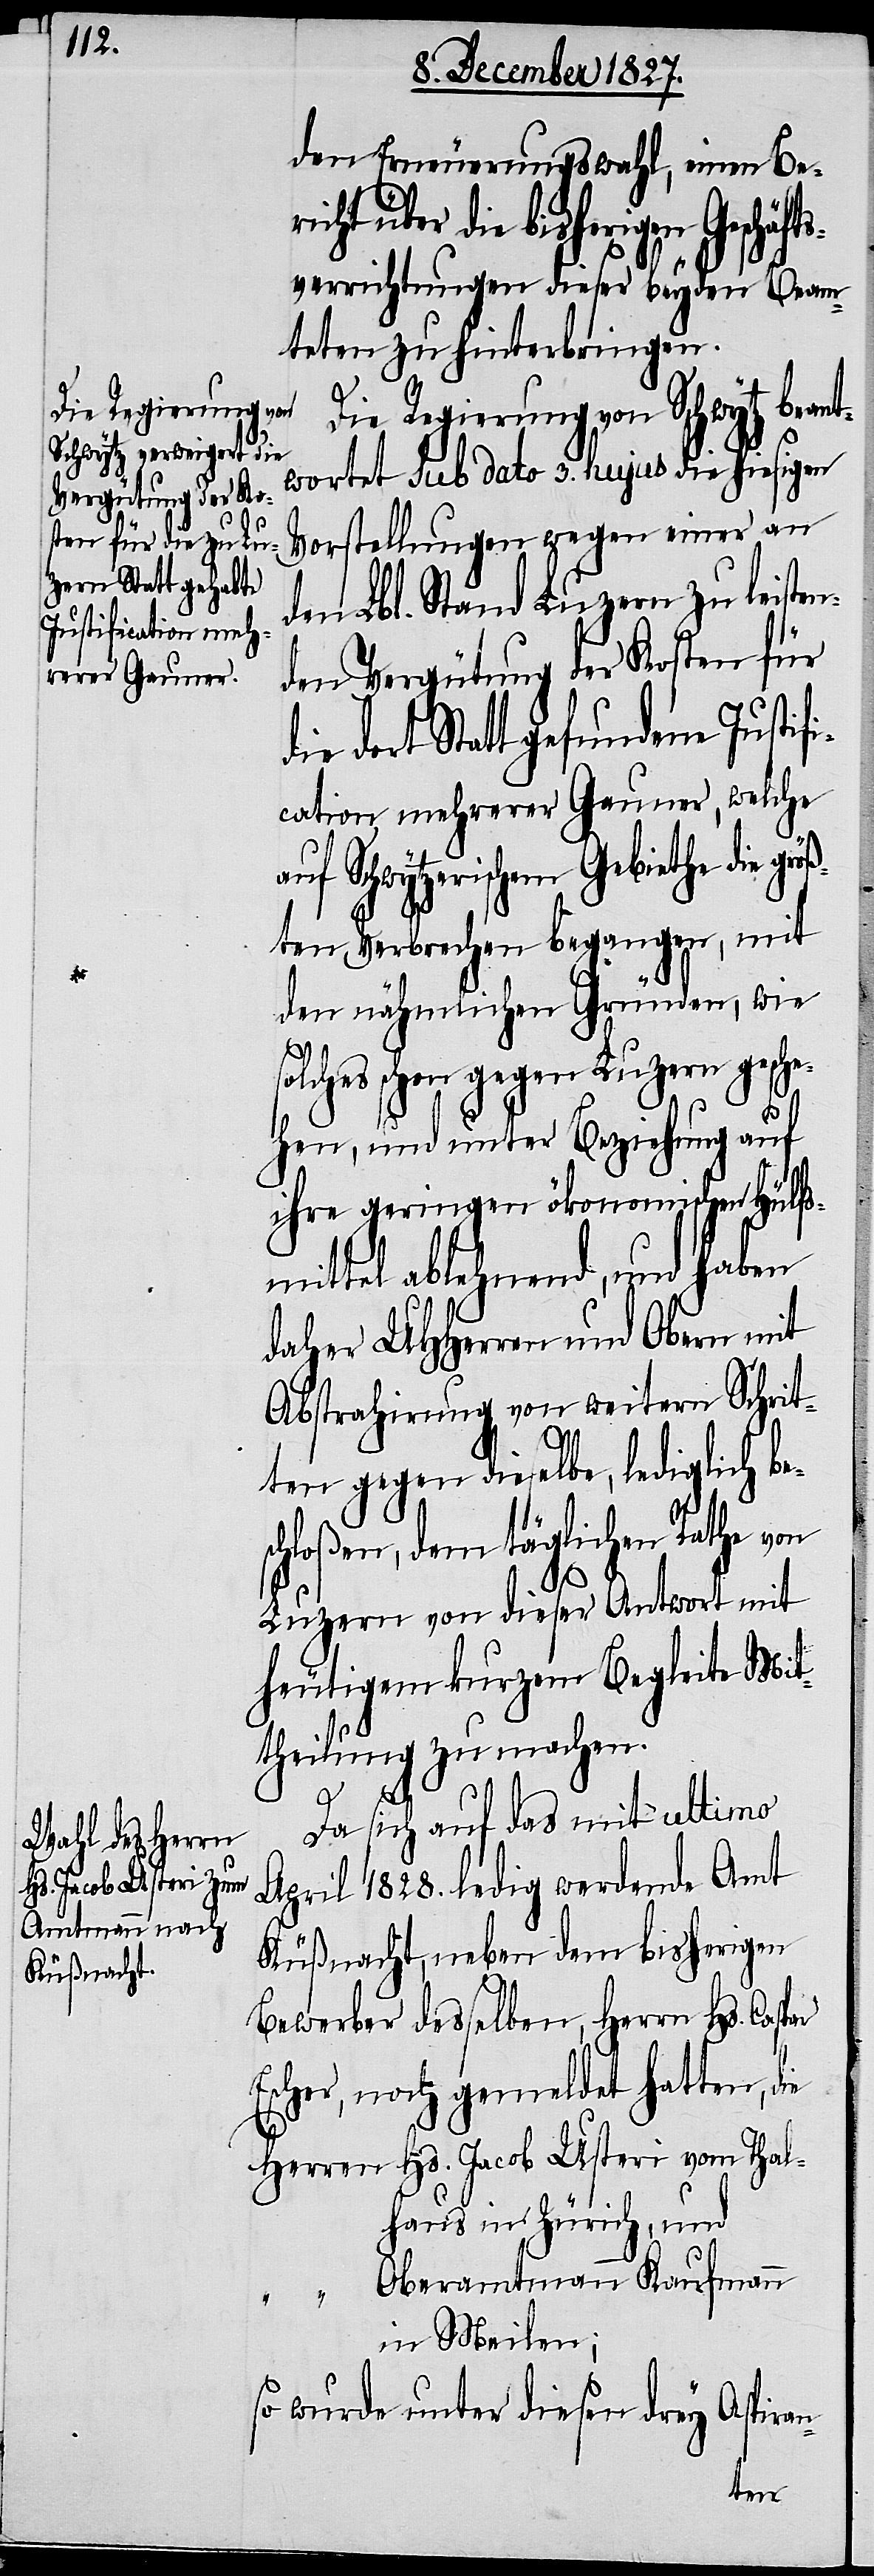
öß¬

den Erneuerungswahl, einen Beri¬
herigen Geschäfts¬
verrichtungen dieser beyden Beam¬
teten zu hinterbringen.
Die Regierungen von Schwytz bean¬
twortet Sub dato 3. hujus die hiesigen
Vorstellungen wegen einer an
den Lbl. Stand Luzern zu leiste¬
nden Vergütung der Kosten für
dort Statt gefundene Justif¬
ication mehrerer Gauner, welche
Schwytzerischem Gebiethe die gr¬
ten Verbrechen begangen, mit
den nähmlichen Gründen, wie
solches schon gegen Luzern gesche¬
hen, und unter Beziehung auf
ihre geringen ökonomischen Hülfs¬
mittel ablehnend, und haben
daher UHHerren und Obern mit
Abstrahirung von weitern Schrit¬
ten gegen dieselbe, lediglich be¬
schloßen, dem täglichen Rathe von
Luzern von dieser Antwort mit
heutigem kurzem Begleite Mit¬
theilung zu machen.
Da sich auf das mit ultimo
April 1828. ledig werdende Amt
Küßnacht, neben dem bisherigen
Bewerber desselben, Herrn Hs. Caspar
Escher, noch gemeldet hatten, die
Herren Hs. Jacob Usteri vom Thal¬
haus in Zürich, und
Oberamtmann Kaufmann
in Meilen;
so wurde unter diesen drey Aspiran-